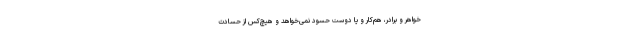
خواهر و برادر، هم‌کار و یا دوستِ حسود نمی‌خواهد و هیچ‌کس از حسادتِ